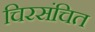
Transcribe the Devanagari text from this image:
चिरसंचित